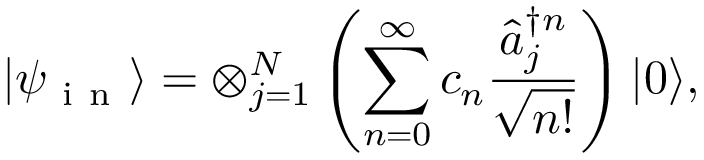
\vert \psi _ { \mathrm { ~ i ~ n ~ } } \rangle = \otimes _ { j = 1 } ^ { N } \left( \sum _ { n = 0 } ^ { \infty } c _ { n } \frac { \hat { a } _ { j } ^ { \dag n } } { \sqrt { n ! } } \right) \vert 0 \rangle ,